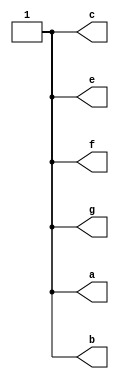
module part1(
    output a,
    output b,
    output c,
	 output e,
	 output f,
	 output g
    );
	 reg a,b,c;
	 reg e,f,g;
	 
	 initial begin
		a <= #5 1'b1;
		b <= #5 1'b1;
		c <= #5 1'b1;
	 end
	
	initial begin
		e = #5 1'b1;
		f = #5 1'b1;
		g = #5 1'b1;
	end
endmodule